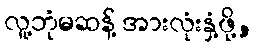
လူ့ဘုံမဆန့် အားလုံးနှံ့ဖို့,